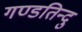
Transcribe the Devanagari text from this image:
गण्डतिन्दु